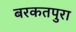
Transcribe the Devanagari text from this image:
बरकतपुरा